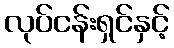
လုပ်ငန်းရှင်နှင့်